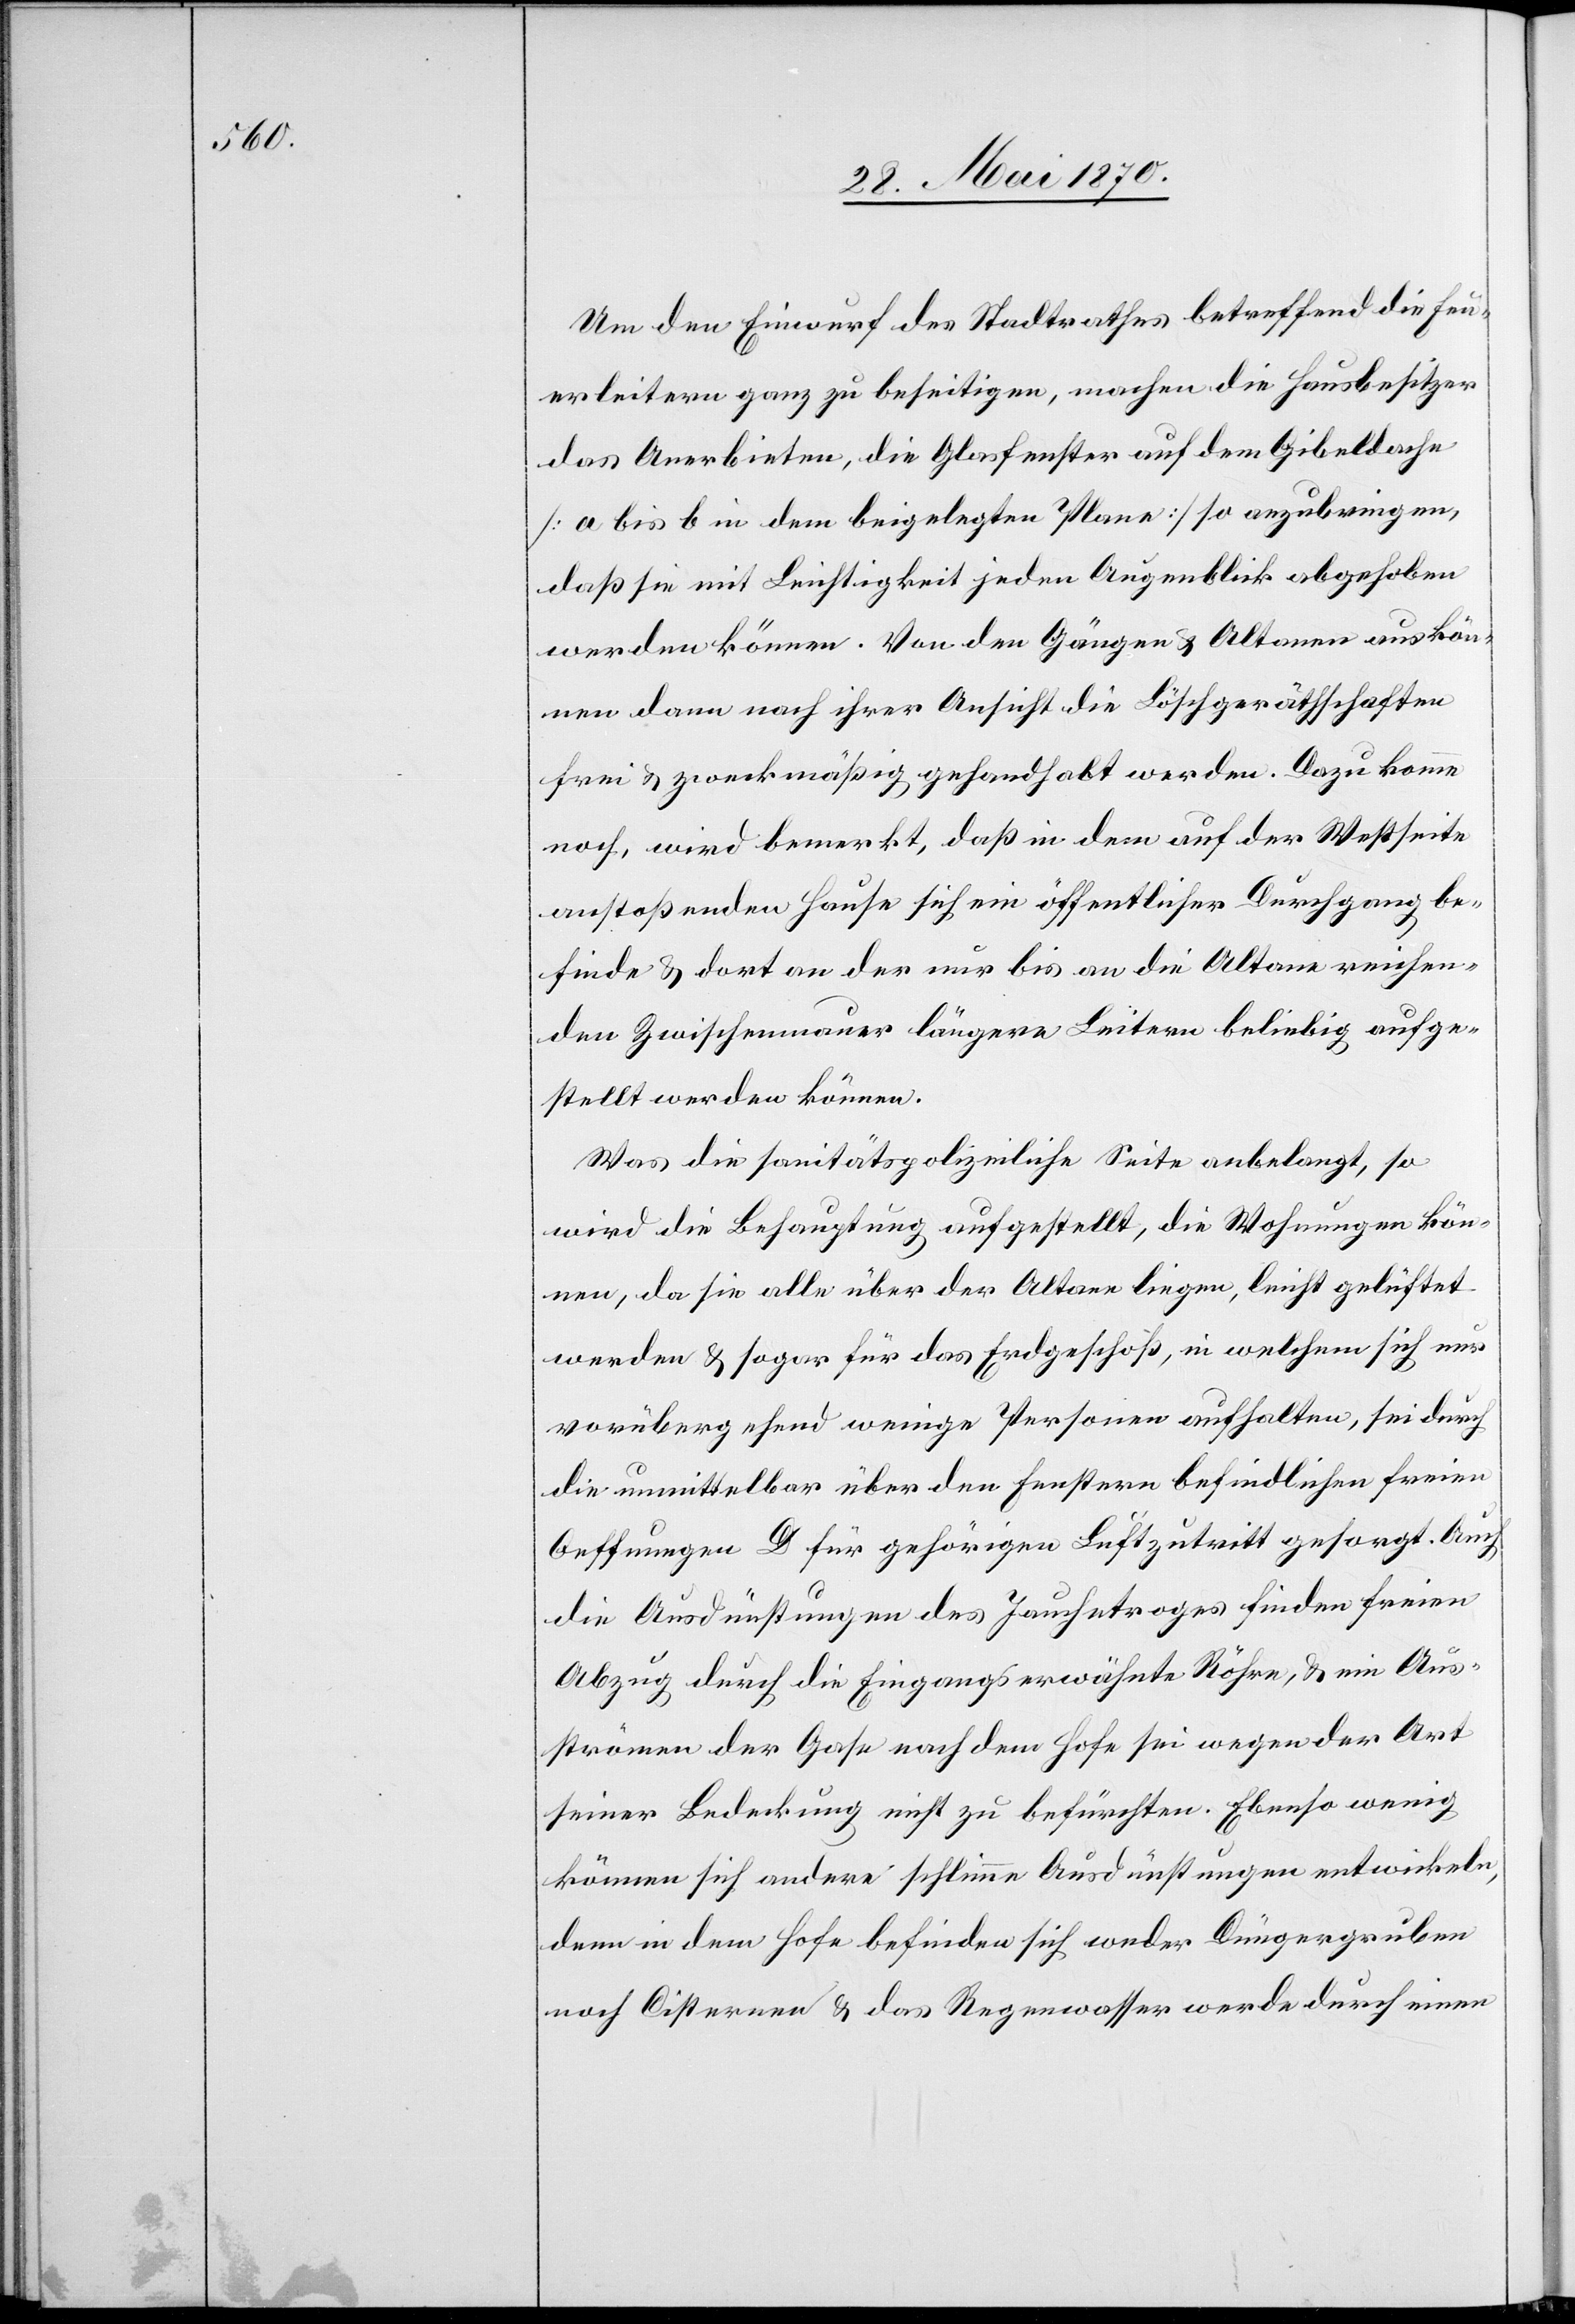
Um den Einwurf des Stadtrathes betreffend die Feu¬
erleitern ganz zu beseitigen, machen die Hausbesitzer
das Anerbieten, die Glasfenster auf dem Gibeldache
[a bis b in dem beigelegten Plane] so anzubringen,
daß sie mit Leichtigkeit jeden Augenblick abgehoben
werden können. Von den Gängen & Altanen aus kön¬
nen dann nach ihrer Ansicht die Löschgeräthschaften
frei & zweckmäßig gehandhabt werden. Dazu komme
noch, wird bemerkt, daß in dem auf der Westseite
anstoßenden Hause sich ein öffentlicher Durchgang be¬
finde & dort an der nur bis an die Altane reichen¬
den Zwischenmauer längere Leitern beliebig aufge¬
stellt werden können.
Was die sanitätspolizeiliche Seite anbelangt, so
wird die Behauptung aufgestellt, die Wohnungen kön¬
nen, da sie alle über der Altane liegen, leicht gelüftet
werden & sogar für das Erdgeschoß, in welchem sich nur
vorübergehend wenige Personen aufhalten, sei durch
die unmittelbar über den Fenstern befindlichen freien
Oeffnungen D für gehörigen Luftzutritt gesorgt. Auch
die Ausdünstungen des Jauchetroges finden freien
Abzug durch die Eingangs erwähnte Röhre, & ein Aus¬
strömen der Gase nach dem Hofe sei wegen der Art
seiner Bedeckung nicht zu befürchten. Ebenso wenig
können sich andere schlimme Ausdünstungen entwickeln,
denn in dem Hofe befinden sich weder Düngergruben
noch Cisternen & das Regenwasser werde durch einen